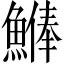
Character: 𩺨